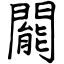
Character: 𨶙